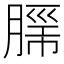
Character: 𮌦